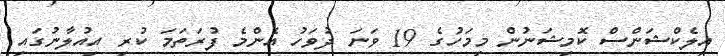
އިލެކްޝަންސް ކޮމިޝަނުން މިމަހުގެ 19 ވަނަ ދުވަހު އެންމެ ފުރަތަމަ ކުރި އިއުލާނުގައި